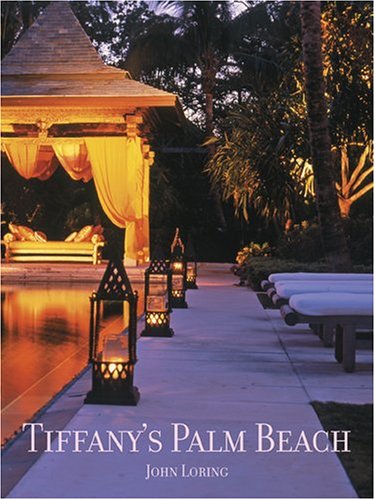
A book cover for Tiffany's Palm Beach; John Loring; Travel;